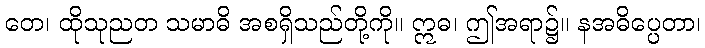
တေ၊ ထိုသုညတ သမာဓိ အစရှိသည်တို့ကို။ ဣဓ၊ ဤအရာ၌။ နအဓိပ္ပေတာ၊